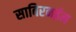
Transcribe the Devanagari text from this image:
साबिरनईम